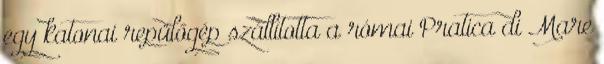
egy katonai repülőgép szállította a római Pratica di Mare